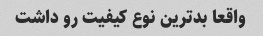
واقعا بدترین نوع کیفیت رو داشت